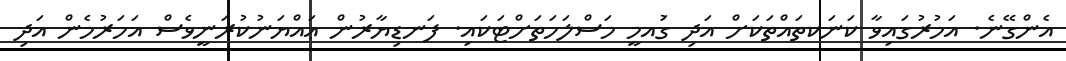
އެންގޭނެ. އަމުރުގައިވާ ކަނަކތައްތަކަށް އަދި ގަުއމީ މަސްލަހަތަށްޓަކައި. ފަނޑިޔާރުން ޢައްޔަނުކުރަނީވެސް އަހަރުމެން އަދި